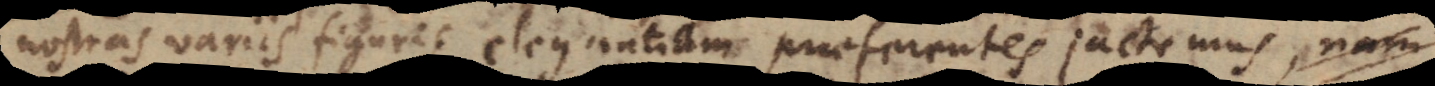
nostras variis figuris elegantiam praeferentes jactemus,